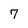
Character: 7